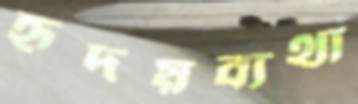
হৃদয়ব্যথা